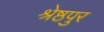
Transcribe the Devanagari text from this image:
श्रेष्ठपुर